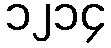
၁၂၁၄